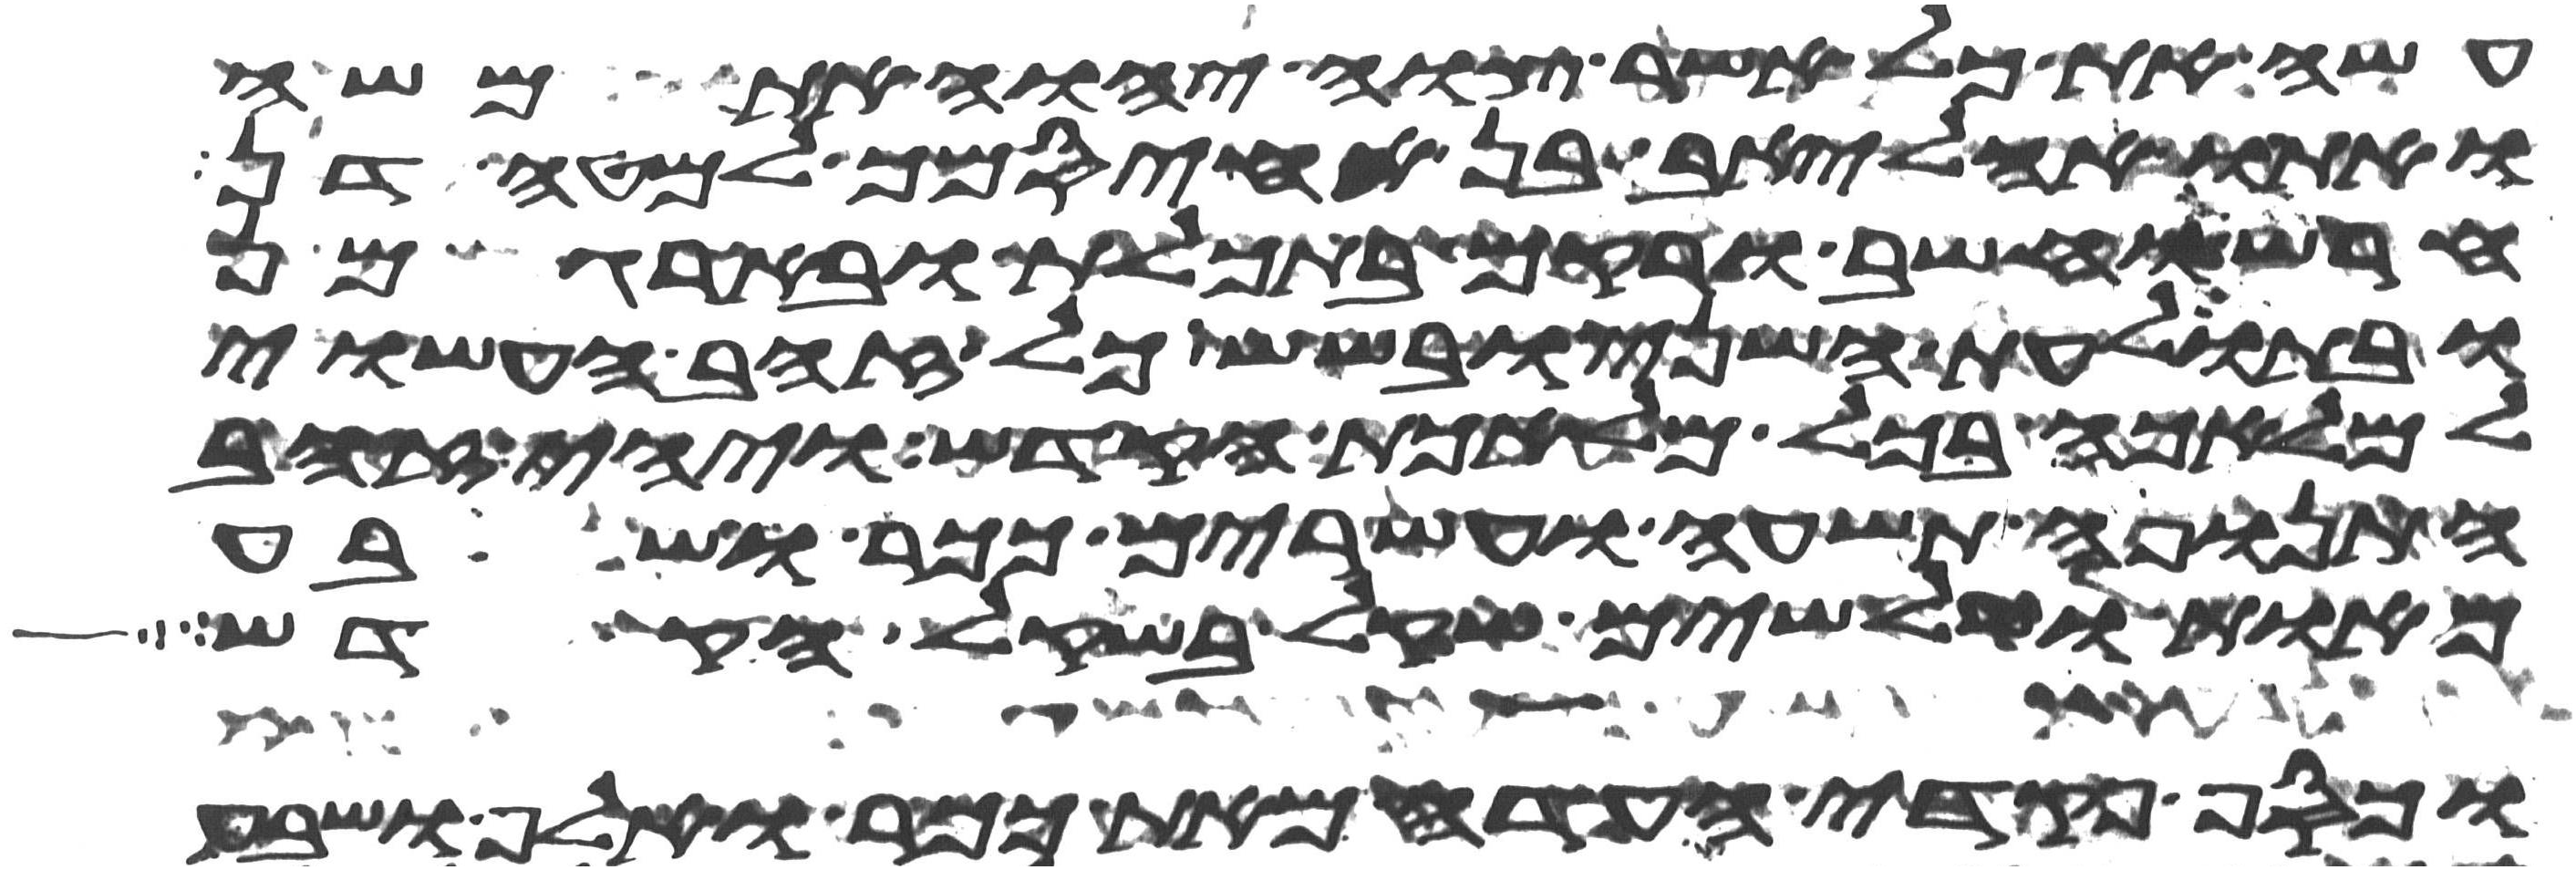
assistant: עשה את כל אשר צוה יהוה את משה
ואתו אהליאב בן אחיסמך למטה דן
חרש וחשב ורקם בתכלת ובארגמן
ובתולעת השני ובשש כל זהב העשוי
למלאכה בכל מלאכת הקדש ויהי זהב
התנופה תשע ועשרים ככר ושבע
מאות ושלשים שקל בשקל הקדש
וכסף פקדי העדה מאת ככר ואלף ושבע